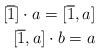
LaTeX: \begin{align*} [\overline{1}] \cdot a = [\overline{1},a] \\ [\overline{1},a] \cdot b = a \end{align*}